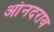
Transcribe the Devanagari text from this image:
आंनदराव